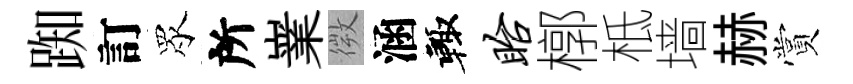
踟訂眾所嶪微涵輙眙槨柢墙赫賞